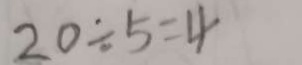
2 0 \div 5 = 4